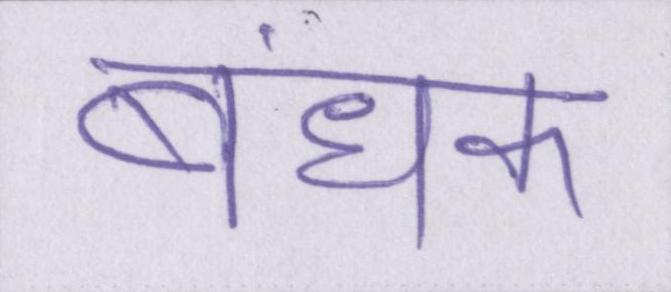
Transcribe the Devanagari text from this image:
बंधक